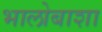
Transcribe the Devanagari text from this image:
भालोबाशा